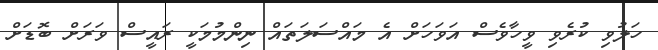
ހަލުވި ކުރެވި ވީހާވެސް އަވަހަށް އެ މައްސަލަތައް ނިންމުމަކީ ރައީސް ވަރަށް ބޮޑަށް